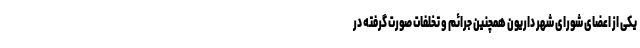
یکی از اعضای شورای شهر داریون همچنین جرائم و تخلفات صورت گرفته در